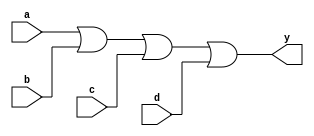
module or_gate (
    input wire a,
    input wire b,
    input wire c,
    input wire d,
    output reg y
);

always @* begin
    y = a | b | c | d;
end

endmodule